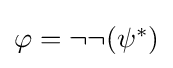
{\textstyle \varphi =\neg \neg (\psi ^{*})}